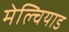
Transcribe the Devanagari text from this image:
मेल्चियाड